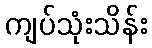
ကျပ်သုံးသိန်း